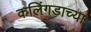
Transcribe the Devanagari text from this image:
कलिंगडाच्या